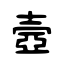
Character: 壼